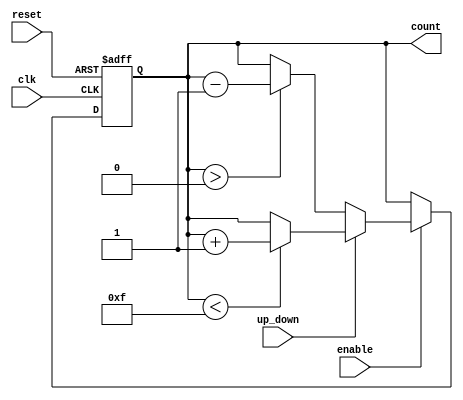
module synchronous_counter #(
    parameter BIT_WIDTH = 4  // Parameter to set the bit width of the counter
)(
    input wire clk,            // Clock signal
    input wire reset,          // Asynchronous reset signal
    input wire enable,         // Enable signal
    input wire up_down,        // Count direction (1 for up, 0 for down)
    output reg [BIT_WIDTH-1:0] count  // Counter output
);

// Asynchronous reset and synchronous counting
always @(posedge clk or posedge reset) begin
    if (reset) begin
        count <= 0;  // Reset the counter to zero
    end else if (enable) begin
        // Increment or decrement based on up_down signal
        if (up_down) begin
            // Increment the counter with overflow handling
            if (count < (1 << BIT_WIDTH) - 1) begin
                count <= count + 1;
            end
        end else begin
            // Decrement the counter with underflow handling
            if (count > 0) begin
                count <= count - 1;
            end
        end
    end
end

endmodule